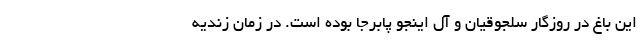
این باغ در روزگار سلجوقیان و آل اینجو پابرجا بوده ‌است. در زمان زندیه